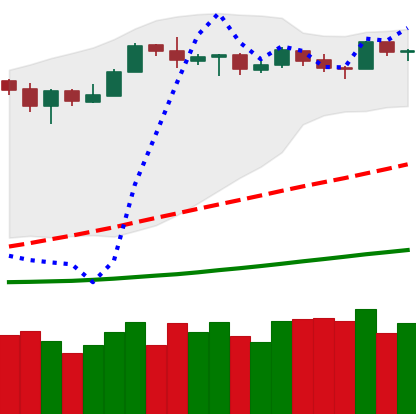
Ticker: LTC-USD
Chart end date: 2019-03-29
Forward return: 38.531%
Label: up_7plus